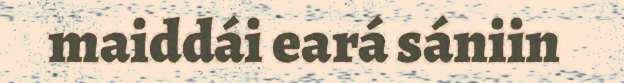
maiddái eará sániin